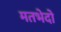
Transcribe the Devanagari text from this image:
मतभेदो